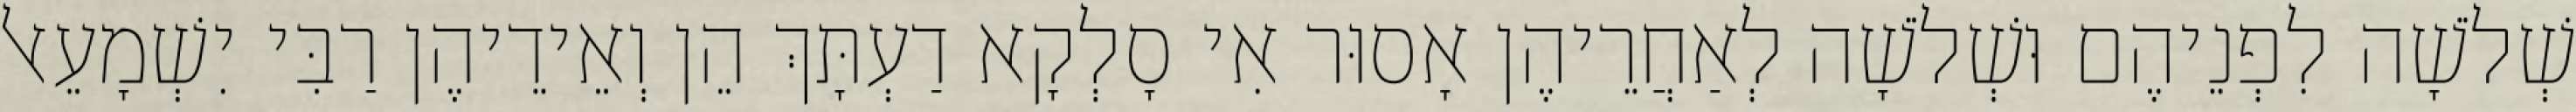
שְׁלֹשָׁה לִפְנֵיהֶם וּשְׁלֹשָׁה לְאַחֲרֵיהֶן אָסוּר אִי סָלְקָא דַעְתָּךְ הֵן וְאֵידֵיהֶן רַבִּי יִשְׁמָעֵאל